V__Kingissepa_nim__kolhoos, lk 28
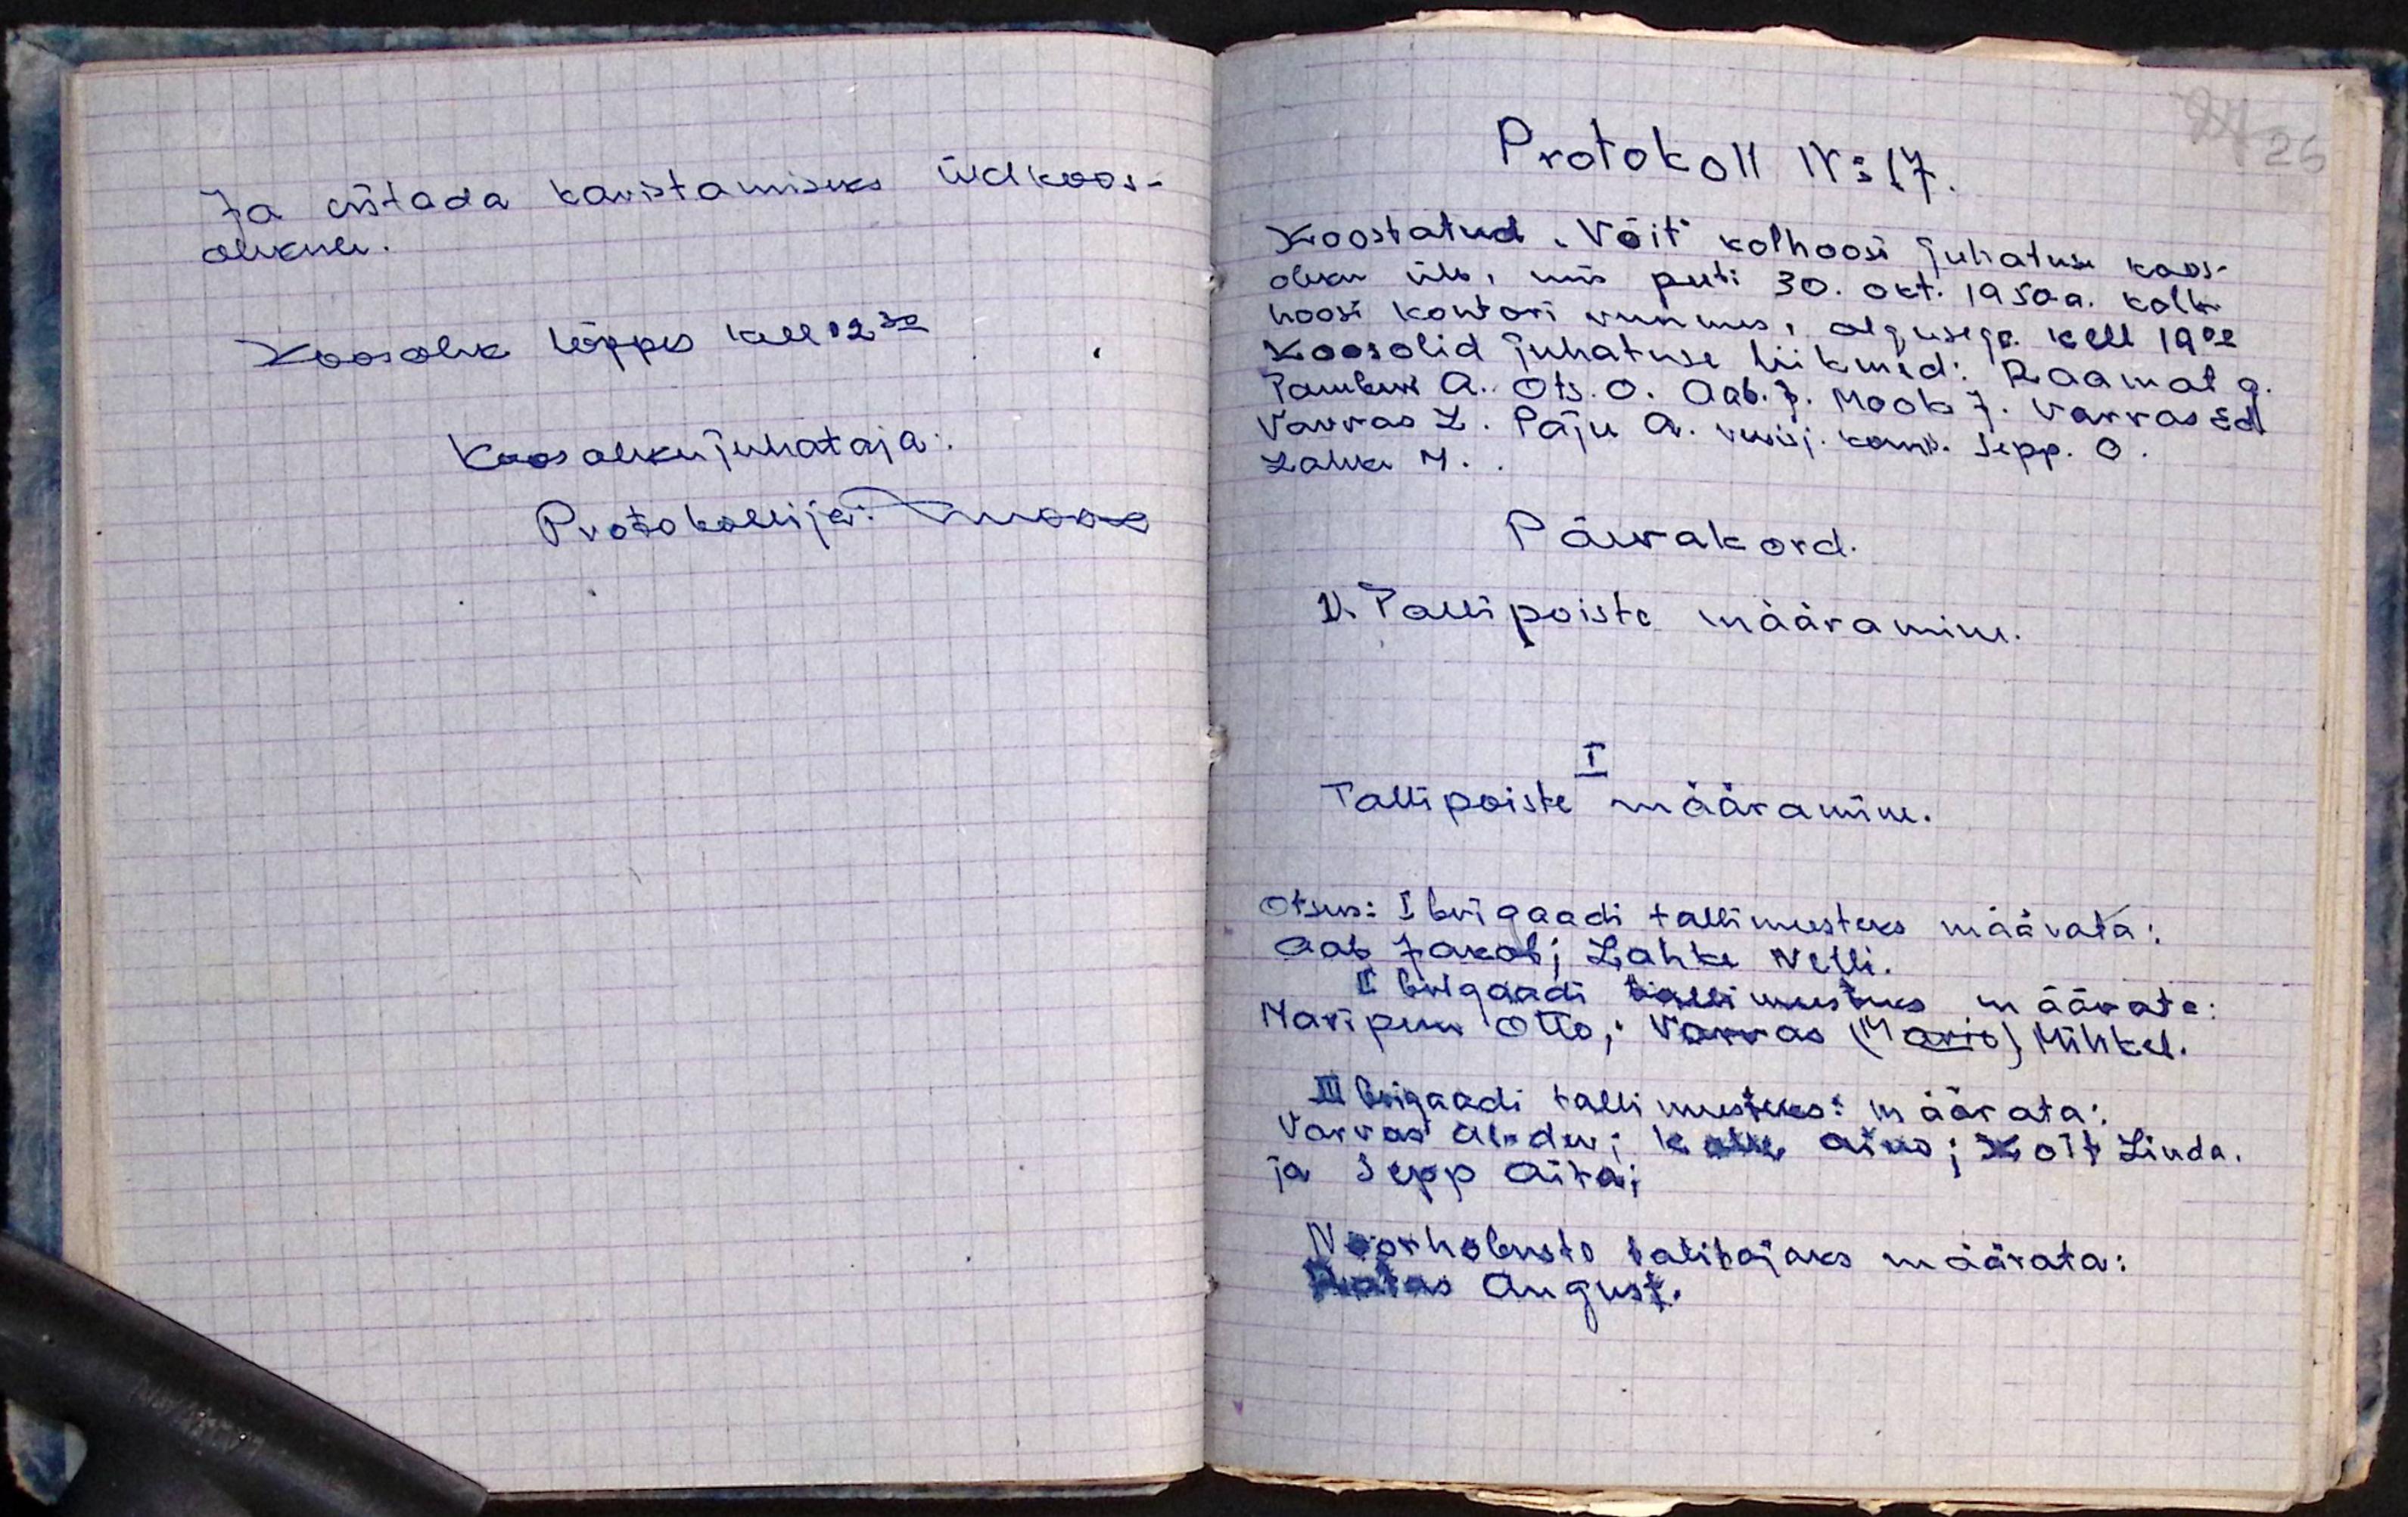
Ja esitada karistamiseks üldkoos-
olekule.
Koosolek lõppes kell 12.30
Koosoleku juhataja:
Protokollija: Mook

Protokoll No 17.
Koostatud "Võit" kolhoosi juhatuse koos-
oleku üle, mis peeti 30. okt. 1950.a. kolh-
hoosi kontori ruumes, algusega kell 19.00
Koos olid juhatuse liikmed: Raamat G.
Tambur A. Ots. O. Aab. J. Mook J. Varvas Ed.
Varvas L. Paju A. revisj. komis. Sepp. O.
Lahke M.
Päevakord.
1). Tallipoiste määramine.
I
Tallipoiste määramine.
Otsus: I brigaadi tallimeesteks määrata:
Aab Jakob; Lahke Nelli.
II brigaadi tallimeesteks määrata:
Maripuu Otto; Varvas (Mario) Mihkel.
III brigaadi talli meesteks: määrata:
Varvas Al-der; Kalle Aino; Koit Linda.
ja Sepp Aita;
Noorhobuste talitajaks määrata:
Ratas August.